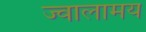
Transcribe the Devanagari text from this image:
ज्वालामय